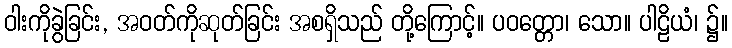
ဝါးကိုခွဲခြင်း, အဝတ်ကိုဆုတ်ခြင်း အစရှိသည် တို့ကြောင့်။ ပဝတ္တော၊ သော။ ပါဠိယံ၊ ၌။